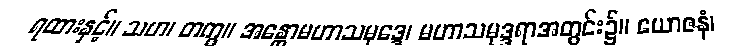
ရထားနှင့်။ သဟ၊ တကွ။ အန္တောမဟာသမုဒ္ဒေ၊ မဟာသမုဒ္ဒရာအတွင်း၌။ ယောဇနံ၊